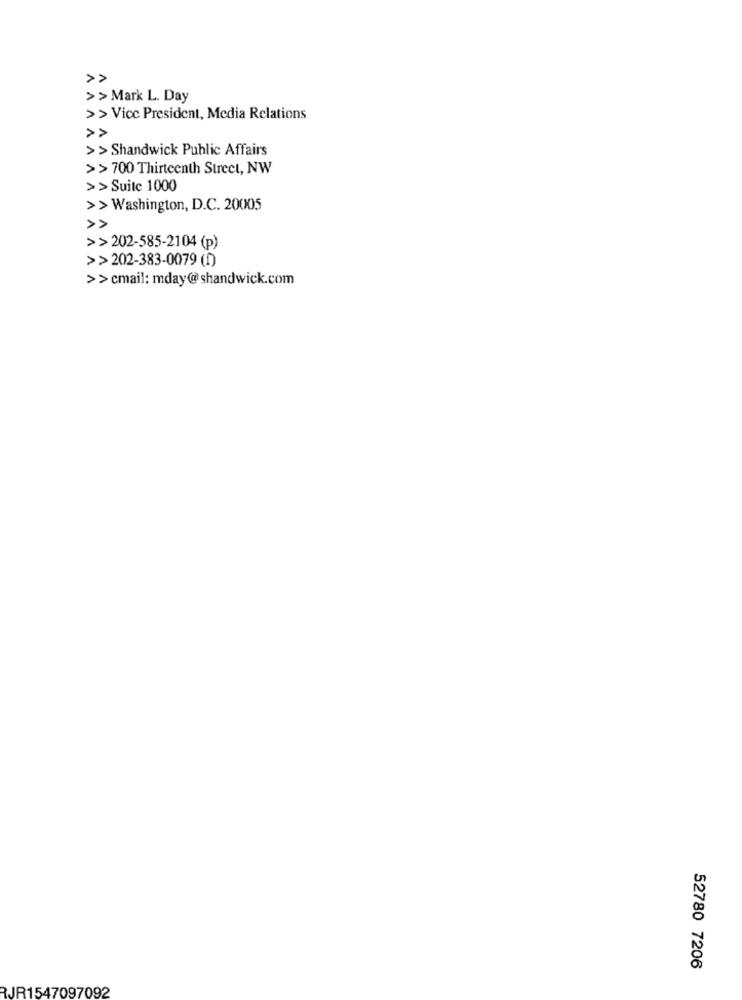
>>
>> Mark L. Day
>> Vice President, Media Relations
>>
>> Shandwick Public Affairs
>>700 Thirteenth Street, NW
>> Suite 1000
>> Washington, D.C. 20005
>>202-585-2104 (p)
>>202-383-0079 (1)
>>cmail: mday@shandwick.com
52780 7206
RJR1547097092